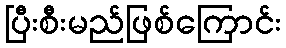
ပြီးစီးမည်ဖြစ်ကြောင်း